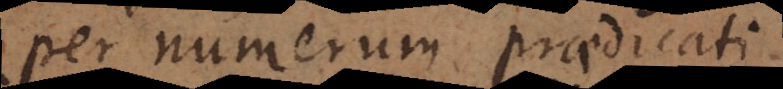
per numerum praedicati.